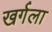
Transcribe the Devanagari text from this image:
खर्गला